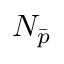
N _ { \bar { p } }